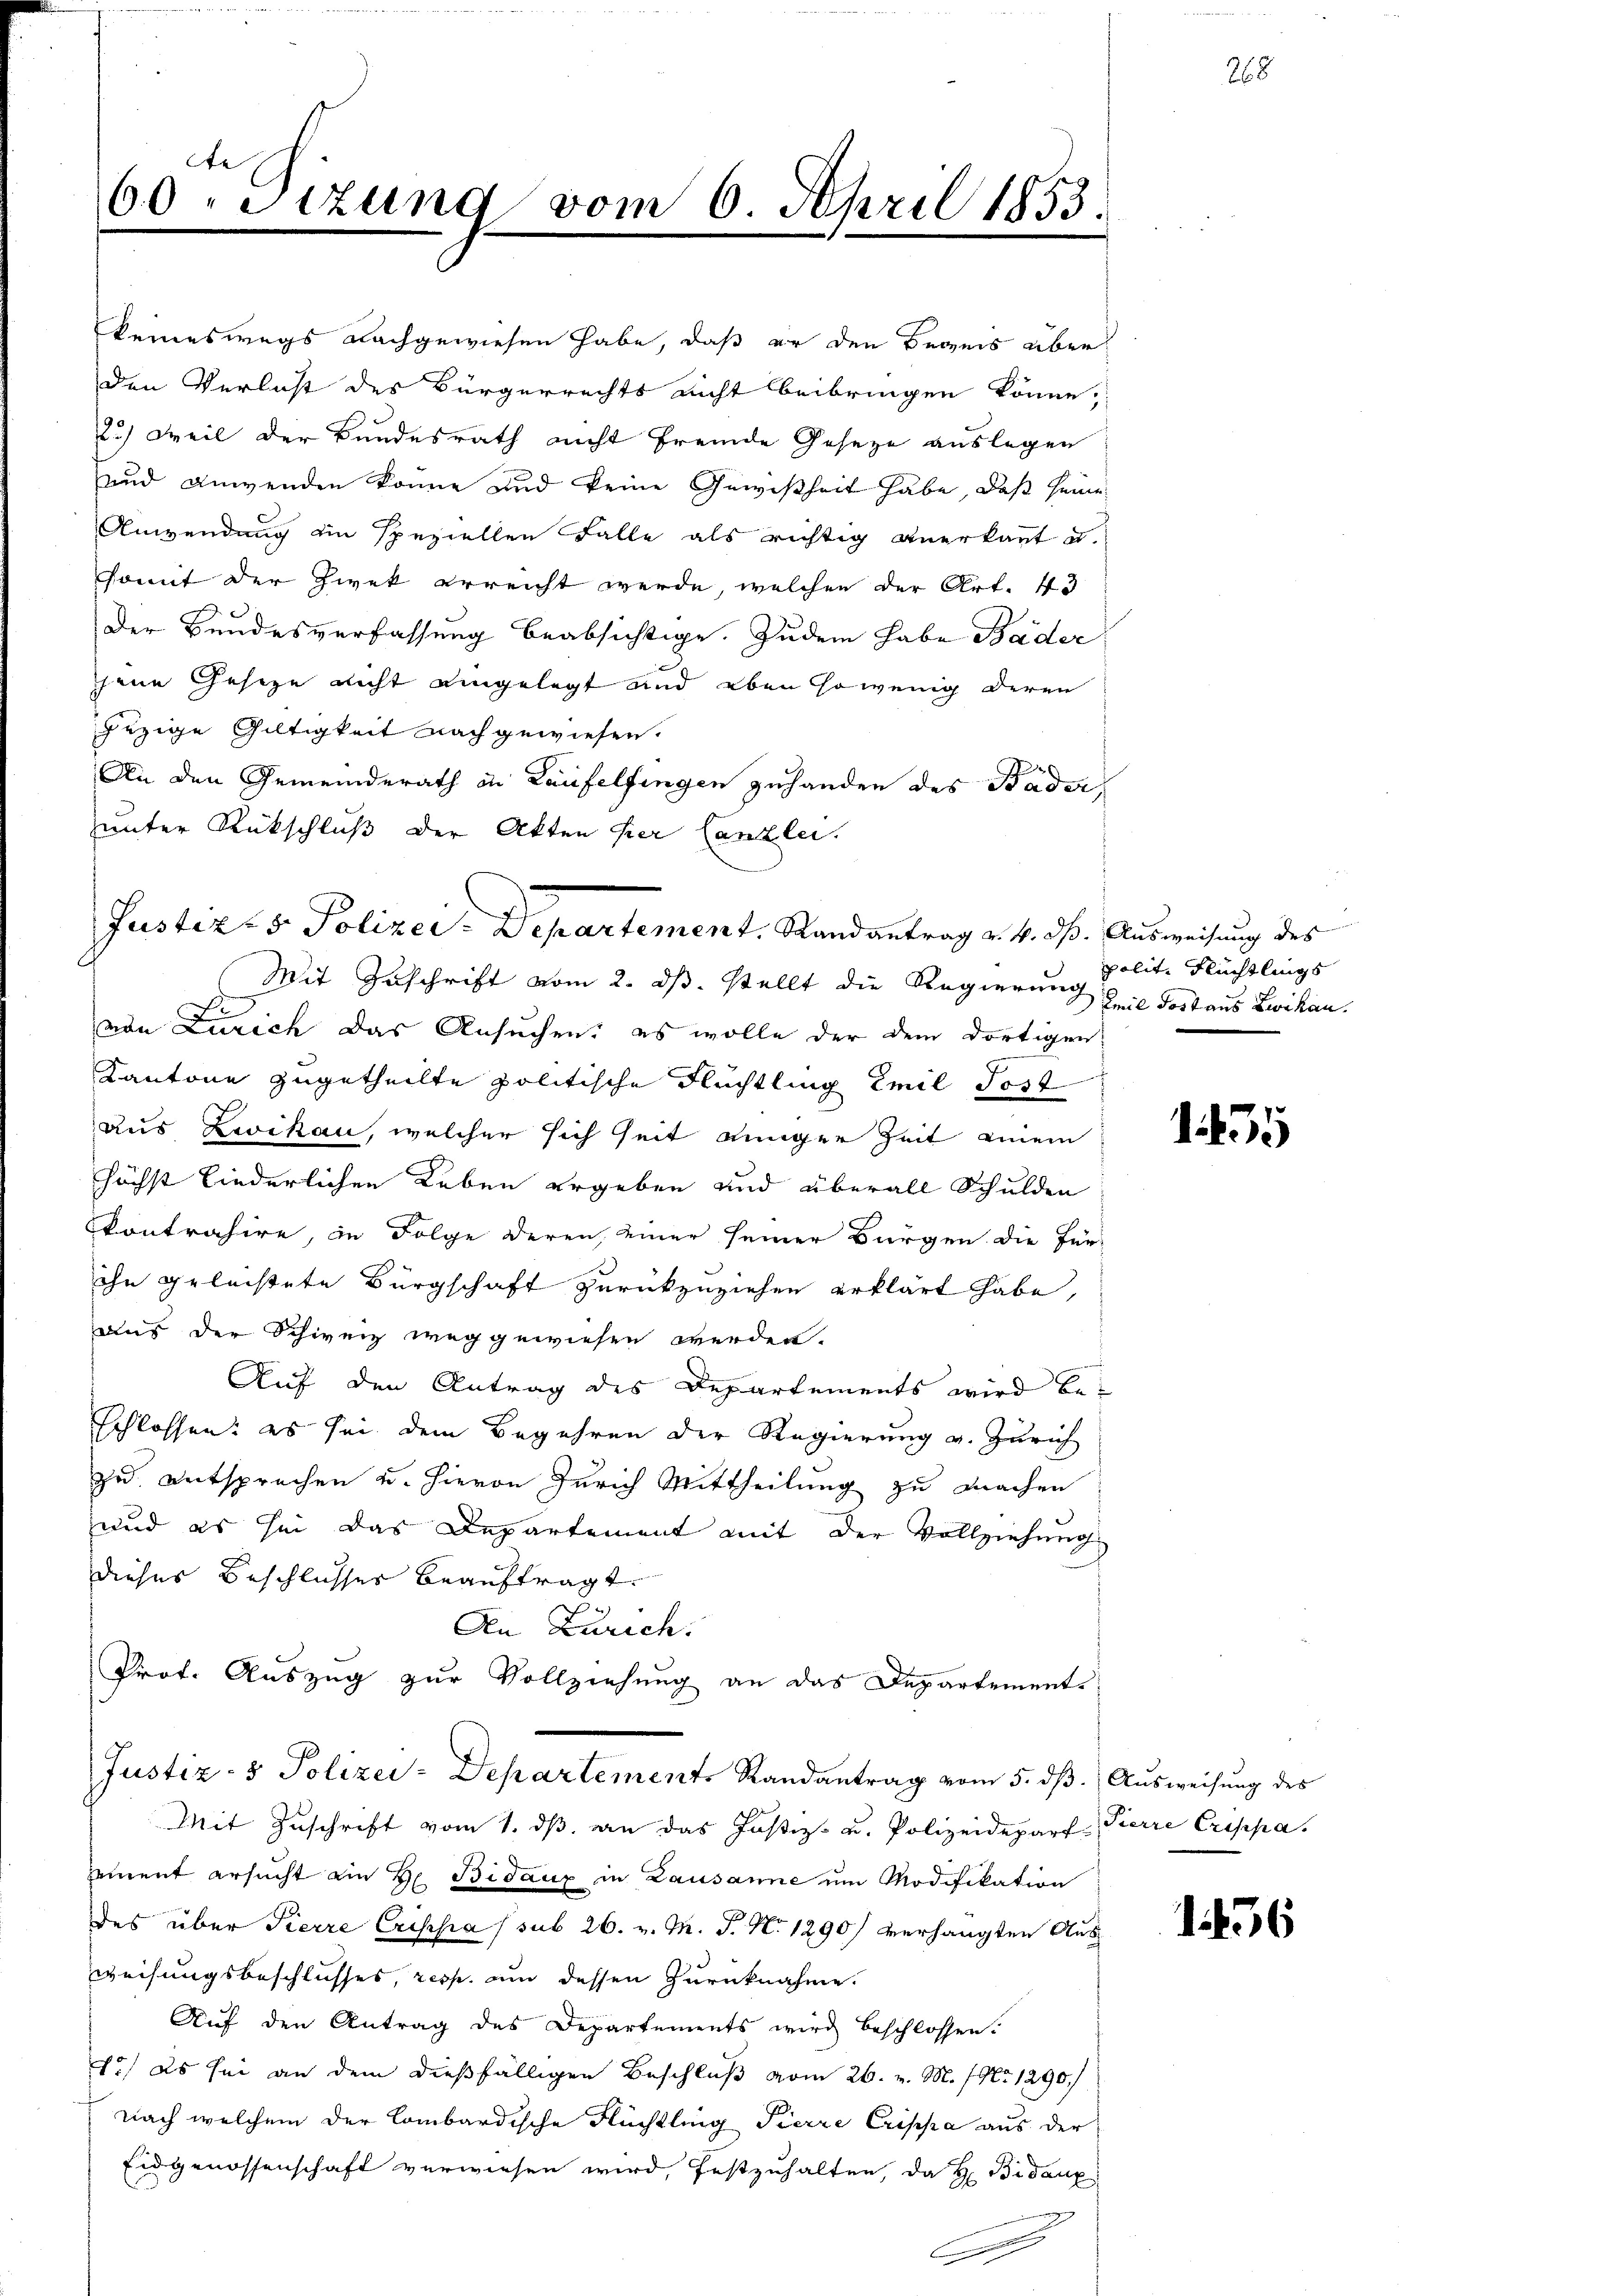
keineswegs nachgewiesen habe, daß er den Begeis über
den Verlast des Bürgerrechts nicht beibringen könne,
2.) Weil der Bundesrath nicht fremde Geseze auslegen
und Anwenden könne und keine Gewißheit habe, daß seine
Anwendung ein Speziellen Falle als richtig anerkant u.
somit der Zwek erreicht werde, welchen der Art. 43
Der Bundesverfassung beabsichtige. Zudem habe Bäder
jene Geseze nicht eingelegt und eben sowenig deren
jezige Gültigkeit nachgewiesen.
An den Gemeinderath in Laufelfingen zuhanden des Bader
unter Rückschluß der Akten hier Canzlei.
Mit Zuschrift vom 2. ds. stellt die Regierung heil Postaus Zwikan.
von Zürich das Ansuchen, es wolle der dem dortigen
Kantone zugetheilte politische Flüchtling Emil Tost
aus Likan, welcher sich seit einger Zeit einem
höchst liederlichen Leben ergeben und überall Schulden
kontrahire, in Folge deren, einer seiner Bürgen die Für-
ihn geleistete Bürgschaft zurückzuziehen erklärt habe,
Aus der Schweiz weggewiesen werden.
Auf den Antrag des Departements wird beschlossen: es sei dem Begehren der Regierung v. Zürich
zu entsprechen u. hievon Zürich Mittheilung zu machen
und es sei das Departement mit der Vollziehung
dieses Beschlusses beauftragt.
An Zürich.
Prof. Auszug zur Vollziehung an das Departement-
Justiz- & Polizei-Departements Randantrag vom 5. dß. Ausweisung des
Mit Zuschrift vom 1. dβ an das Justiz- u. Polizeidepart Pierre Creppa.
sement ersucht an Hr. Bidaux in Lausanne um Modifikation
des über Pierre Crischa (sub 26. v. M. P. Nr. 1290 verhängten Ausweisungsbeschlusses, resp. um dessen Zurücknahme.
Auf den Antrag des Departements wird beschlossen:
1.) Es sei an dem dießfälligen Beschluß vom 26. v. M. No 1290./
nach welchem der Combardische Flüchtling Pierre Crippa aus der
Eidgenossenschaft verwiesen wird, festzuhalten, da H: Bidanz

e
60 sizung vom 6. April 1853.
F

Justiz- & Polizei-Departement, Randantrag v. 4. ds. Ausweisung des

polit. Flüchtlings

5

136